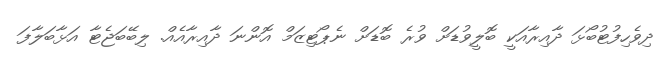
ދިވެހިފުޓުބޯޅަ ދާއިރާއަކީ ބޮލީވުޑަށް ވުރެ ބޮޑަށް ނެޕޯޓިޒަމް އޮންނަ ދާއިރާއެއް. ލިބޭބަޖެޓާ އަޅާބަލާފަ